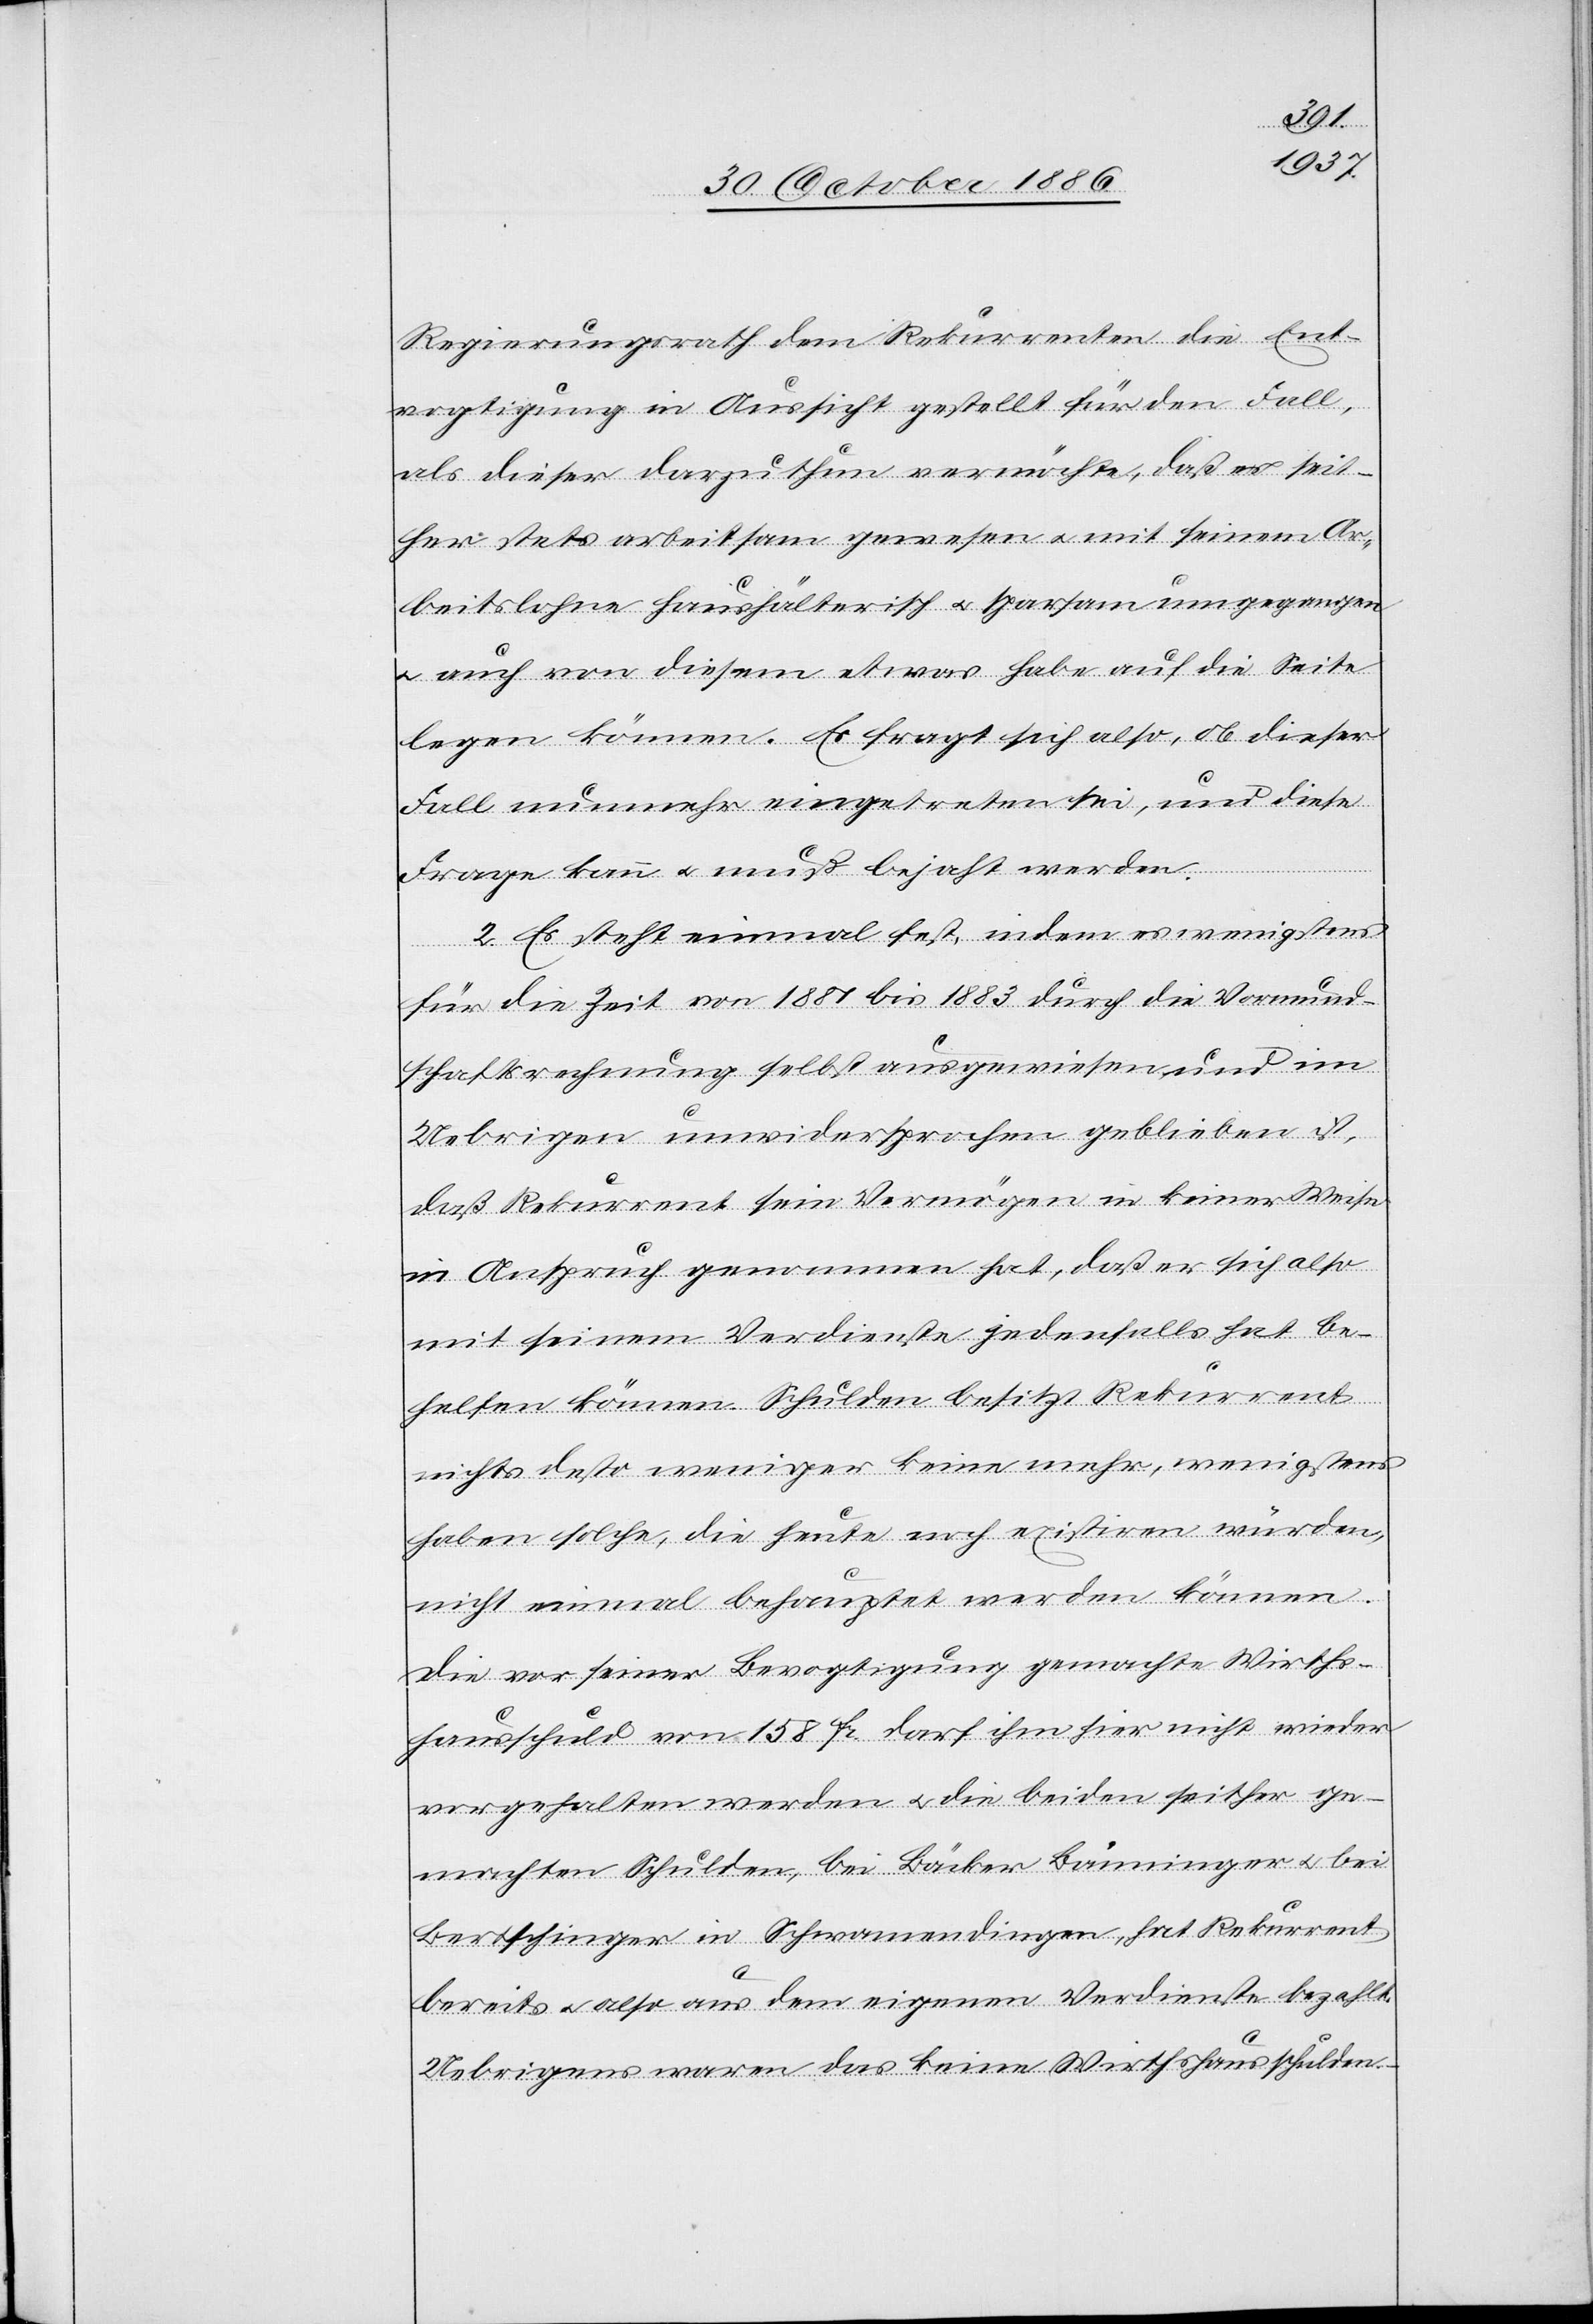
Regierungsrath dem Rekurrenten die Ent¬
vogtigung in Aussicht gestellt für den Fall,
als dieser darzuthun vermöchte, daß er seit¬
her stets arbeitsam gewesen & mit seinem Ar¬
beitslohne haushälterisch & sparsam umgegangen
& auch von diesem etwas habe auf die Seite
legen können. Es fragt sich also, ob dieser
Fall nunmehr eingetreten sei, und diese
Frage kann & muß bejaht werden.
2. Es steht einmal fest, indem es wenigstens
für die Zeit von 1881 bis 1883 durch die Vormund¬
schaftsrechnung selbst ausgewiesen und im
Uebrigen unwidersprochen geblieben ist,
daß Rekurrent sein Vermögen in keiner Weise
in Anspruch genommen hat, daß er sich also
mit seinem Verdienste jedenfalls hat be¬
helfen können. Schulden besitzt Rekurrent
nichts desto weniger keine mehr, wenigstens
haben solche, die heute noch existiren würden,
nicht einmal behauptet werden können.
Die vor seiner Bevogtigung gemachte Wirths¬
chausschuld von 158 Fr. darf ihm hier nicht wieder
vorgehalten werden & die beiden seither ge¬
machten Schulden, bei Bäcker Bänninger & bei
Bertschinger in Schwamendingen, hat Rekurrent
bereits & also aus dem eigenen Verdienste bezahlt.
Uebrigens waren das keine Wirthshausschulden.